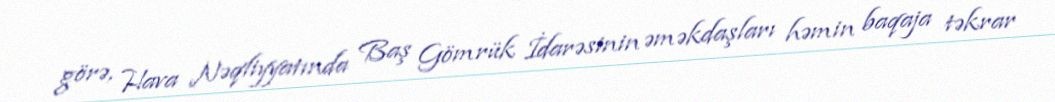
görə, Hava Nəqliyyatında Baş Gömrük İdarəsinin əməkdaşları həmin baqaja təkrar